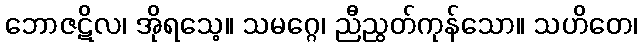
ဘောဇဋိလ၊ အိုရသေ့။ သမဂ္ဂေ၊ ညီညွတ်ကုန်သော။ သဟိတေ၊